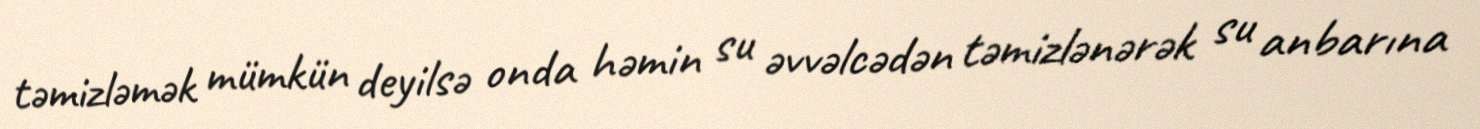
təmizləmək mümkün deyilsə onda həmin su əvvəlcədən təmizlənərək su anbarına